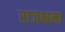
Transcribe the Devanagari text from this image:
राजक्षमा